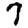
Digit: 7